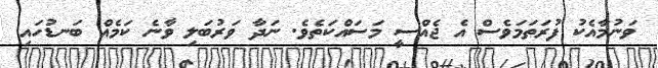
ވަނުމާއެކު ފުރަތަމަވެސް އެ ޖެއްސީ މަސައްކަތެވެ. ނަދާ ވަރުބަލި ވާނެ ކަމެއް ބަނޑުހައި